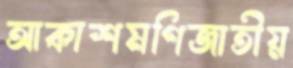
আকাশমণিজাতীয়